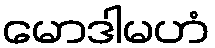
မောဒါမဟံ